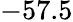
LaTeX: -57.5